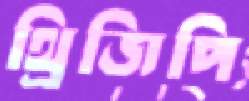
থ্রিজিপি